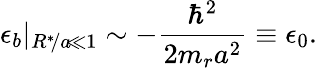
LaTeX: \epsilon_{b}|_{R^{*}\! /a\! \ll 1}\sim-\frac{\hbar^{2}}{2m_{r}a^{2}}\equiv\epsilon_{0}.